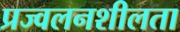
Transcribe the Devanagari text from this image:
प्रज्वलनशीलता